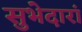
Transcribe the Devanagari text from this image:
सुभेदारां